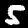
Label: 5